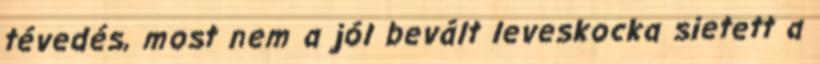
tévedés, most nem a jól bevált leveskocka sietett a